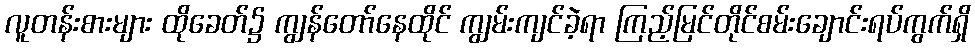
လူတန်းစားများ ထိုခေတ်၌ ကျွန်တော်နေထိုင် ကျွမ်းကျင်ခဲ့ရာ ကြည့်မြင်တိုင်စမ်းချောင်းရပ်ကွက်ရှိ